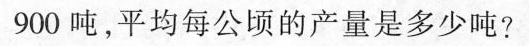
900吨，平均每公顷的产量是多少吨？